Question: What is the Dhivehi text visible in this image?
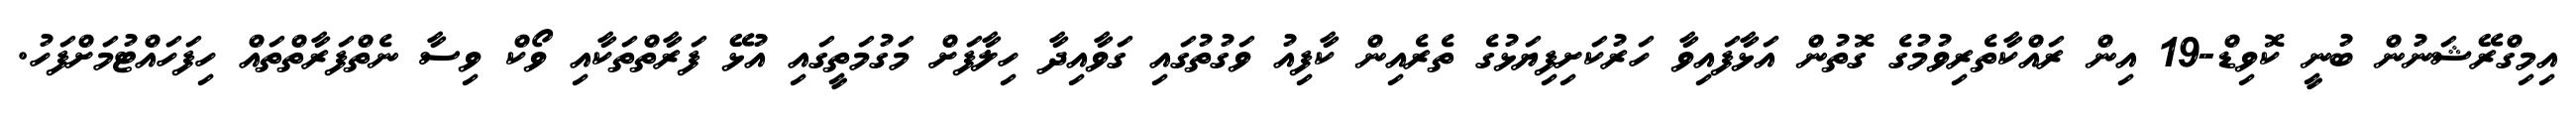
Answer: އިމިގްރޭޝަނުން ބުނީ ކޮވިޑް-19 އިން ރައްކާތެރިވުމުގެ ގޮތުން އަޅާފައިވާ ހަރުކަށިފިޔަޅުގެ ތެރެއިން ކާފިއު ވަގުތުގައި ގަވާއިދާ ހިލާފަށް މަގުމަތީގައި އުޅޭ ފަރާތްތަކާއި ވޯކް ވިސާ ނެތްފަރާތްތައް ހިފަހައްޓުމަށްފަހު.